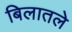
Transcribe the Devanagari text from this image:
बिलातले